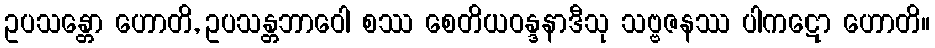
ဥပသန္တော ဟောတိ, ဥပသန္တဘာဝေါ စဿ စေတိယဝန္ဒနာဒီသု သဗ္ဗဇနဿ ပါကဋော ဟောတိ။